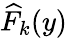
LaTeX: \widehat{F}_{k}(y)